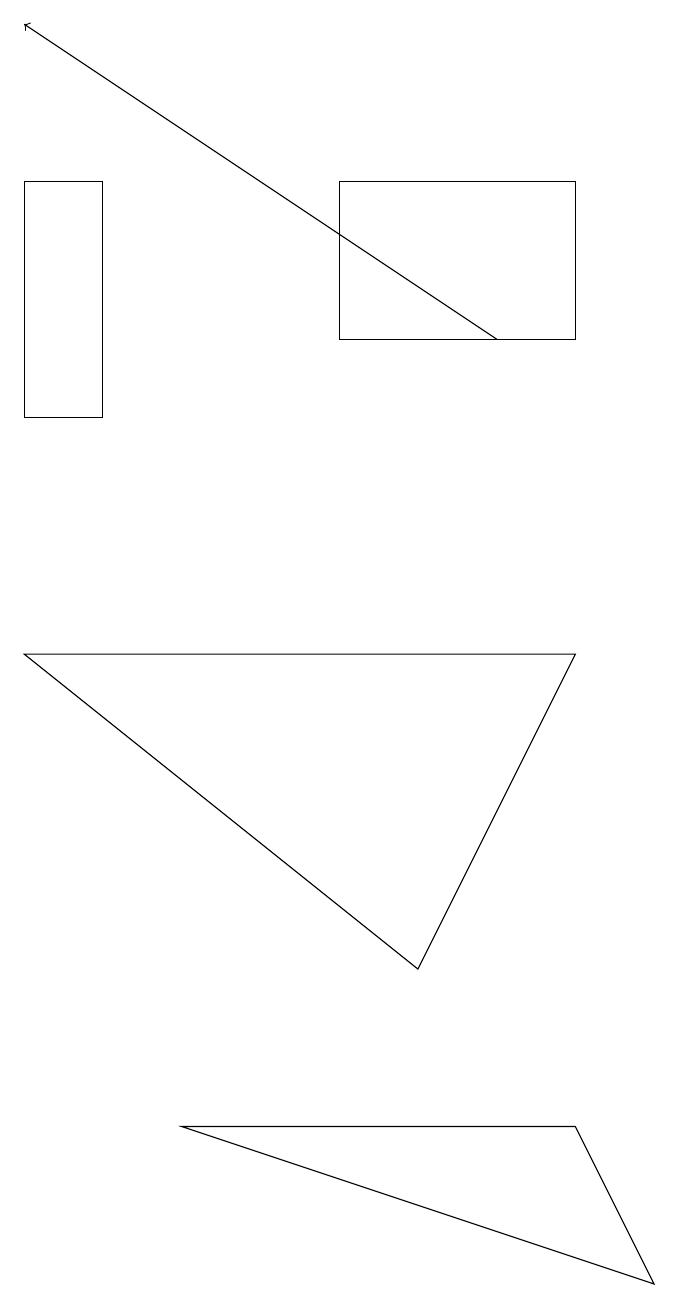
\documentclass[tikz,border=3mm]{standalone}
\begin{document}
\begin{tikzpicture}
\draw (5,14) rectangle (8,12);
\draw (1,11) rectangle (2,14);
\draw (8,2) -- (9,0) -- (3,2) -- cycle;
\draw[->] (7,12) -- (1,16);
\draw (6,4) -- (1,8) -- (8,8) -- cycle;
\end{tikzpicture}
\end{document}